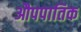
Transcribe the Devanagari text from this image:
औपपातिक